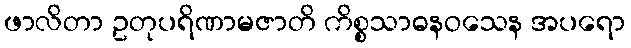
ဖာလိတာ ဥတုပရိဏာမဇာတိ ကိစ္စသာဓနဝသေန အပရော